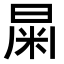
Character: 𣌻